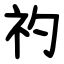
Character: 礿